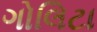
ગોલિટા